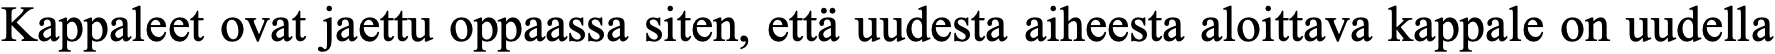
Kappaleet ovat jaettu oppaassa siten, että uudesta aiheesta aloittava kappale on uudella